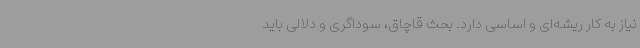
نیاز به کار ریشه‌ای و اساسی دارد. بحث قاچاق، سوداگری و دلالی باید